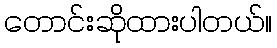
တောင်းဆိုထားပါတယ်။